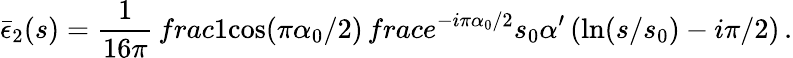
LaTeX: \bar{\epsilon}_{2}(s)=\frac{1}{16\pi}\, frac{1}{\cos(\pi\alpha_{0}/2)}\, frac{e^{-i\pi\alpha_{0}/2}}{s_{0}\alpha^{\prime}\left(\ln(s/s_{0})-i\pi/2\right)}\, .